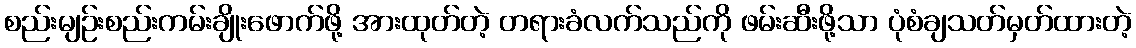
စည်းမျဉ်းစည်းကမ်းချိုးဖောက်ဖို့ အားထုတ်တဲ့ တရားခံလက်သည်ကို ဖမ်းဆီးဖို့သာ ပုံစံချသတ်မှတ်ထားတဲ့